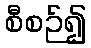
စီစဉ်၍